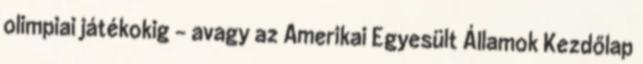
olimpiai játékokig – avagy az Amerikai Egyesült Államok Kezdőlap